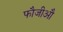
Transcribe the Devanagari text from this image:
फौजीऔ